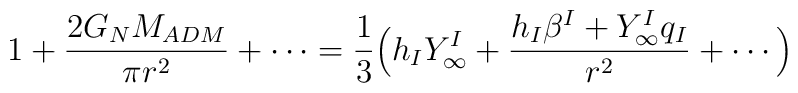
1+{2G_NM_{ADM}\over \pi r^2}+\cdots={1\over 3}\Big(h_IY^I_{\infty}+{h_I\beta^I+Y_\infty^Iq_I\over r^2}+\cdots\Big)